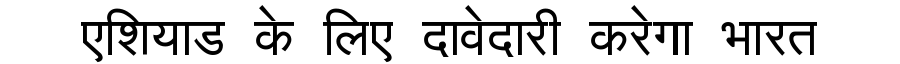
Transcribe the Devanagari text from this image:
एशियाड के लिए दावेदारी करेगा भारत